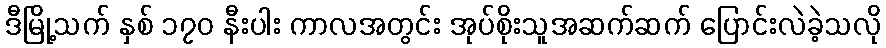
ဒီမြို့သက် နှစ် ၁၇၀ နီးပါး ကာလအတွင်း အုပ်စိုးသူအဆက်ဆက် ပြောင်းလဲခဲ့သလို